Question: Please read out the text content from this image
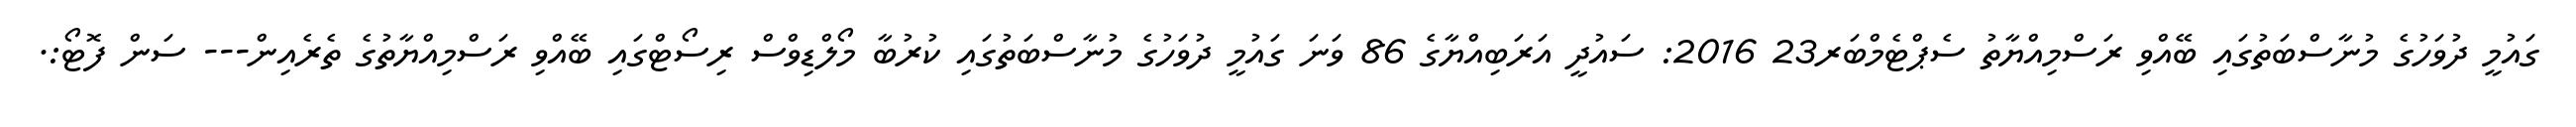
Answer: ގައުމީ ދުވަހުގެ މުނާސްބަތުގައި ބޭއްވި ރަސްމިއްޔާތު ސެޕްޓެމްބަރ23 2016: ސައުދީ އަރަބިއްޔާގެ 86 ވަނަ ގައުމީ ދުވަހުގެ މުނާސްބަތުގައި ކުރުބާ މޯލްޑިވްސް ރިސޯޓްގައި ބޭއްވި ރަސްމިއްޔާތުގެ ތެރެއިން--- ސަން ފޮޓޯ:.